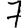
Digit: 7